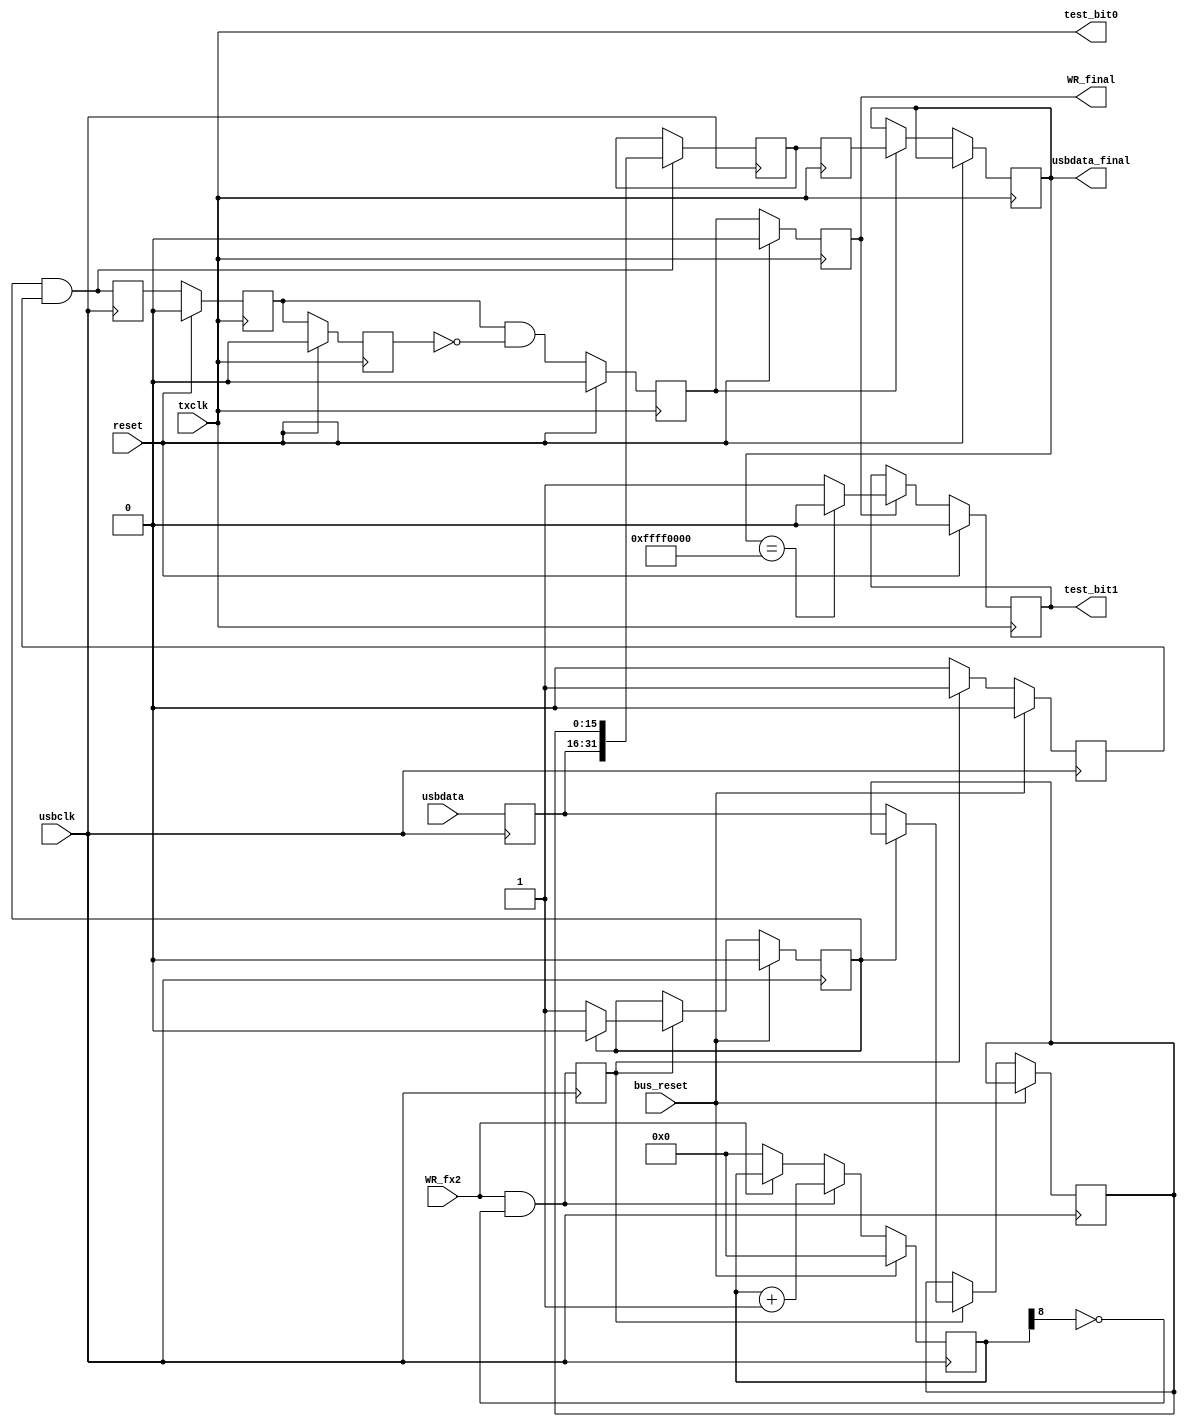
module tx_packer
   (     //FX2 Side
			input bus_reset, 
			input usbclk, 
			input WR_fx2, 
			input [15:0]usbdata,
			
			// TX Side
			input reset,
			input txclk,
			output reg [31:0] usbdata_final,
			output reg WR_final,
         output wire test_bit0,
 		   output reg test_bit1
);

	reg [8:0] write_count;

	/* Fix FX2 bug */
	always @(posedge usbclk)
	begin
    	if(bus_reset)        // Use bus reset because this is on usbclk
       		write_count <= #1 0;
    	else if(WR_fx2 & ~write_count[8])
    		write_count <= #1 write_count + 9'd1;
    	else
    		write_count <= #1 WR_fx2 ? write_count : 9'b0;
	end
	
	reg WR_fx2_fixed;
	reg [15:0]usbdata_fixed;
	
	always @(posedge usbclk) 
	begin
	   WR_fx2_fixed <= WR_fx2 & ~write_count[8];
	   usbdata_fixed <= usbdata;
	end

	/* Used to convert 16 bits bus_data to the 32 bits wide fifo */
    reg                             word_complete ;
    reg     [15:0]         			usbdata_delayed ;
    reg                             writing ;
	wire	[31:0]					usbdata_packed ;    
	wire							WR_packed ;
//////////////////////////////////////////////test code

// assign usbdata_xor = ((usbdata_fixed[15] ^ usbdata_fixed[14]) | (usbdata_fixed[13] ^ usbdata_fixed[12]) | 
//			 (usbdata_fixed[11] ^ usbdata_fixed[10]) | (usbdata_fixed[9] ^ usbdata_fixed[8])   |
//			 (usbdata_fixed[7] ^ usbdata_fixed[6]) |   (usbdata_fixed[5] ^ usbdata_fixed[4])   |
//  	                 (usbdata_fixed[3] ^ usbdata_fixed[2]) |   (usbdata_fixed[1] ^ usbdata_fixed[0])   |
//   	                 (usbdata_fixed[15] ^ usbdata_fixed[11]) |   (usbdata_fixed[7] ^ usbdata_fixed[3]) |
//   	                 (usbdata_fixed[13] ^ usbdata_fixed[9]) |   (usbdata_fixed[5] ^ usbdata_fixed[1])  )
//                         & WR_fx2_fixed;

  assign usbdata_xor = ((usbdata_fixed[15] & usbdata_fixed[14]) & (usbdata_fixed[13] & usbdata_fixed[12])  & 
			 (usbdata_fixed[11] & usbdata_fixed[10]) & (usbdata_fixed[9] & usbdata_fixed[8])   &
			 (usbdata_fixed[7] & usbdata_fixed[6]) &   (usbdata_fixed[5] & usbdata_fixed[4])   &
   	                 (usbdata_fixed[3] & usbdata_fixed[2]) &   (usbdata_fixed[1] & usbdata_fixed[0])   &
                          WR_fx2_fixed);


 assign test_bit0 = txclk ;
 
 //always @(posedge usbclk)
 //  begin
 //      test_bit0 <= usbdata_xor;
 //  end
 
 
   
//////////////////////////////////////////////test code
   
   
    always @(posedge usbclk)
    begin
        if (bus_reset)
          begin
            word_complete <= 0 ;
            writing <= 0 ;
          end
        else if (WR_fx2_fixed)
          begin
            writing <= 1 ;
            if (word_complete)
                word_complete <= 0 ;
            else
              begin
                usbdata_delayed <= usbdata_fixed ;
                word_complete <= 1 ;
              end
          end
        else
            writing <= 0 ;
	end
    
	assign usbdata_packed = {usbdata_fixed, usbdata_delayed} ;
   assign WR_packed = word_complete & writing ;

	/* Make sure data are sync with usbclk */
 	reg [31:0]usbdata_usbclk;
	reg WR_usbclk; 
    
    always @(posedge usbclk)
    begin
    	if (WR_packed)
    	  usbdata_usbclk <= usbdata_packed;
        WR_usbclk <= WR_packed;
    end

	/* Cross clock boundaries */
	reg [31:0] usbdata_tx ;
	reg WR_tx;
   reg WR_1;
   reg WR_2;
  
	always @(posedge txclk) usbdata_tx <= usbdata_usbclk;

    always @(posedge txclk) 
    	if (reset)
    		WR_1 <= 0;
    	else
       		WR_1 <= WR_usbclk;

    always @(posedge txclk) 
    	if (reset)
       		WR_2 <= 0;
    	else
      		WR_2 <= WR_1;

	always @(posedge txclk)
	begin
		if (reset)
			WR_tx <= 0;
		else
		   WR_tx <= WR_1 & ~WR_2;
	end
	
	always @(posedge txclk)
	begin
	   if (reset)
	      WR_final <= 0;
	   else
	   begin
	      WR_final <= WR_tx; 
	      if (WR_tx)
	         usbdata_final <= usbdata_tx;
	   end
	end

///////////////////test output
	always @(posedge txclk)
	begin
	   if (reset)
	     test_bit1 <= 0;
	   else if (!WR_final)
	     test_bit1 <= test_bit1;
	   else if ((usbdata_final == 32'hffff0000))
    	           test_bit1 <= 0;
           else
    	           test_bit1 <= 1;
	   
	end



   

///////////////////////////////   
//   always @(posedge usbclk)
//   begin
//      if (bus_reset)
//        begin
//           test_bit0 <= 1'b0;
//        end
//      else if (usbdata_packed[0] ^ usbdata_packed[16])
//           test_bit0 <= 1'b1;
//	   else
//           test_bit0 <= 1'b0;
//	end
   
	
	// Test comparator for 16 bit hi & low data
	// add new test bit 
	
//	wire    [15:0]   usbpkd_low;
//	wire    [15:0]   usbpkd_hi;
//	
//	assign usbpkd_low =  usbdata_delayed;
//	assign usbpkd_hi =  usbdata_fixed;
//	
//   always @(posedge usbclk)
//   begin
//      if (bus_reset)
//        begin
//           test_bit1 <= 1'b0;
//        end
//       else
//		   begin
//			//  test_bit1 <= (usbpkd_low === usbpkd_hi) ? 1'b1 : 1'b0;
//           if (usbpkd_low == usbpkd_hi)
//              test_bit1 <= 1'b1;
//           else
//              test_bit1 <= 1'b0;
//			end
//	end

endmodule